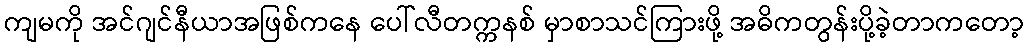
ကျမကို အင်ဂျင်နီယာအဖြစ်ကနေ ပေါ်လီတက္ကနစ် မှာစာသင်ကြားဖို့ အဓိကတွန်းပို့ခဲ့တာကတော့